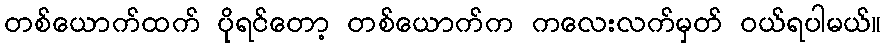
တစ်ယောက်ထက် ပိုရင်တော့ တစ်ယောက်က ကလေးလက်မှတ် ဝယ်ရပါမယ်။